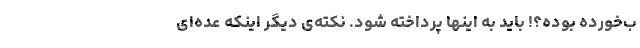
ب‌خورده بوده؟! باید به اینها پرداخته شود. نکته‌ی دیگر اینکه عده‌ای